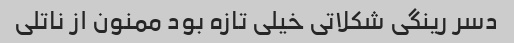
دسر رینگی شکلاتی خیلی تازه بود ممنون از ناتلی